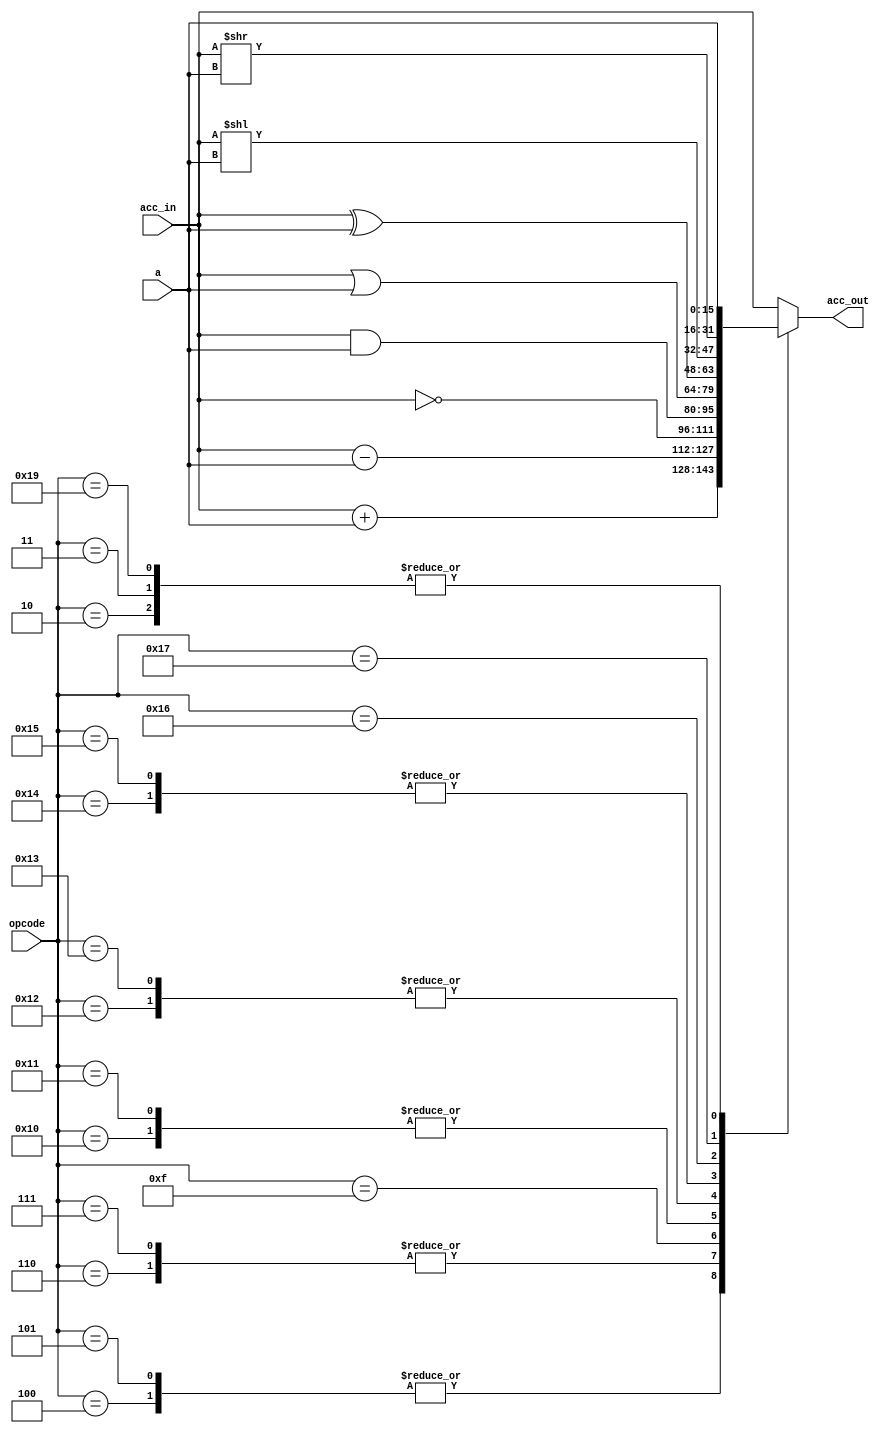
module alu
	#(
	  parameter integer BITS = 16
	)
	(
	 input [BITS-1:0]a,
	 input [BITS-1:0]acc_in,
	 input  [4:0]opcode,
	 output [BITS-1:0]acc_out
	  );

 reg [BITS-1:0]out;


 assign acc_out = out[BITS-1:0];

 always @(a, acc_in, opcode)
  begin
   case(opcode)
    5'b00010: out = a;
    5'b00011: out = a;
    5'b00100: out = acc_in + a;
    5'b00101: out = acc_in + a;
    5'b00110: out = acc_in - a;
    5'b00111: out = acc_in - a;
    5'b01111: out = ~acc_in;
    5'b10000: out = acc_in & a;
    5'b10001: out = acc_in & a;
    5'b10010: out = acc_in | a;
    5'b10011: out = acc_in | a;
    5'b10100: out = acc_in ^ a;
    5'b10101: out = acc_in ^ a;
    5'b10110: out = acc_in << a;
    5'b10111: out = acc_in >> a;
    5'b11001: out = a;
    default: out = acc_in;
   endcase
  end
endmodule